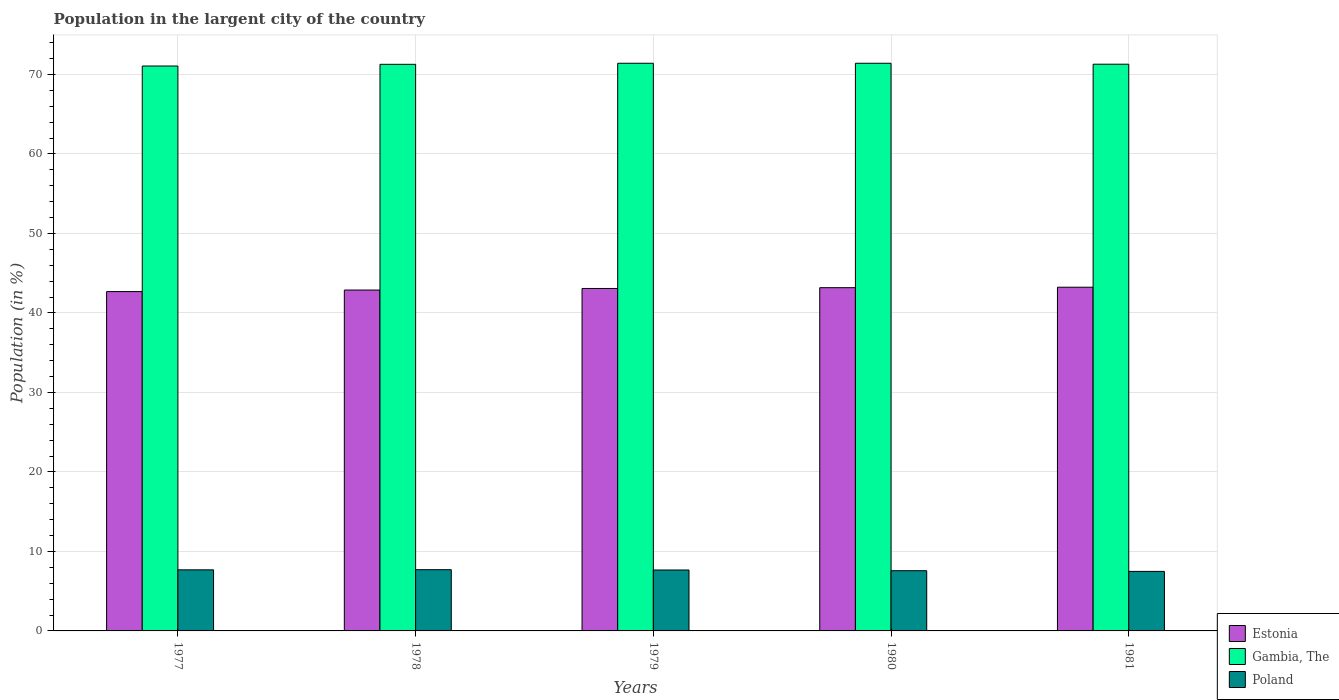
| Years | Estonia | Gambia, The | Poland |
 | --- | --- | --- | --- |
 | 1977 | 42.7 | 71.1 | 7.68 |
 | 1978 | 42.9 | 71.3 | 7.7 |
 | 1979 | 43.1 | 71.4 | 7.66 |
 | 1980 | 43.2 | 71.4 | 7.57 |
 | 1981 | 43.2 | 71.3 | 7.49 |